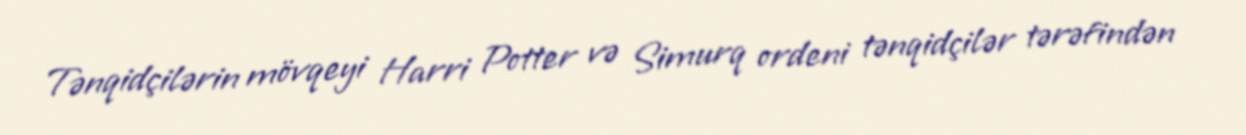
Tənqidçilərin mövqeyi Harri Potter və Simurq ordeni tənqidçilər tərəfindən